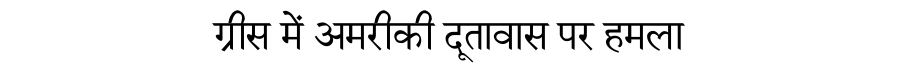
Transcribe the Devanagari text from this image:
ग्रीस में अमरीकी दूतावास पर हमला